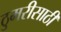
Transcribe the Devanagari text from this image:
ठुमरीसाठी